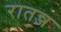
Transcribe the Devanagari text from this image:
रातन्ज